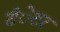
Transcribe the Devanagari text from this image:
टंेटर